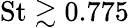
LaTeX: \textrm{St}\gtrsim 0.775